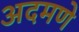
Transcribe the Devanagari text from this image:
अदमणे